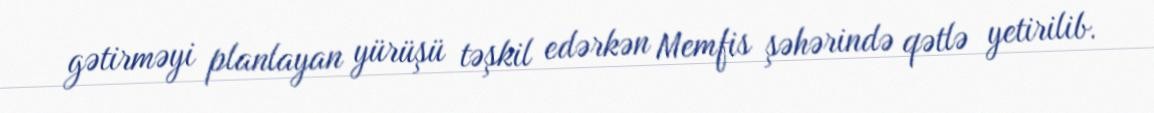
gətirməyi planlayan yürüşü təşkil edərkən Memfis şəhərində qətlə yetirilib.